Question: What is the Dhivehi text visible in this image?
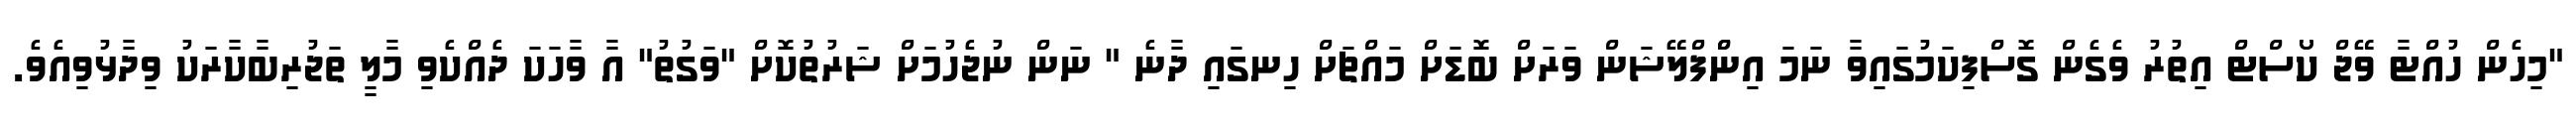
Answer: "މިހެން ހުއްޓާ ވޭޖް ކޯސްޓް އިތުރު ވެގެން ގޮސްފިކަމުގައިވާ ނަމަ އިންްފްލޭޝަން ވަރަށް ބޮޑަށް މައްޗަށް ހިނގައި ދާނެ " ނަން ނުޖެހުމަށް ޝަރުތުކޮށް "ވަގުތު" އާ ވާހަކަ ދެއްކެވި މާލީ ތަޖުރިބާކާރަކު ވިދާޅުވިއެވެ.